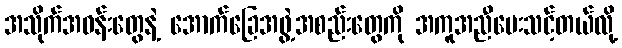
အသိုက်အဝန်းတွေနဲ့ အောက်ခြေအဖွဲ့အစည်းတွေကို အကူအညီပေးသင့်တယ်လို့